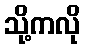
သို့ကလို